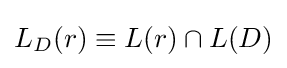
L_{D}(r)\equiv L(r)\cap L(D)